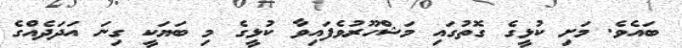
ބައެވެ. މަށި ކުޅީގެ ގޮތުގައި މަޝްހޫރުވެފައިވާ ކުޅީގެ މި ބަޔަކީ ގިނަ އަދަދެއްގެ